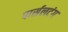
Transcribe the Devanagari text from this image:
पार्सलटंग